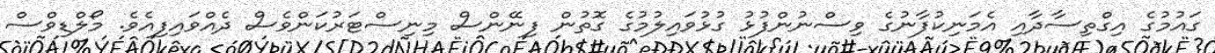
ގައުމުގެ އިގްތިސާދާއި އެމަނިކުފާނުގެ ވިސްނުންފުޅު ގުޅުވައިލުމުގެ ގޮތުން ފިނޭންސް މިނިސްޓަރުކަންވެސް ދެއްވައިފިއެވެ. މޯލްޑިވްސް